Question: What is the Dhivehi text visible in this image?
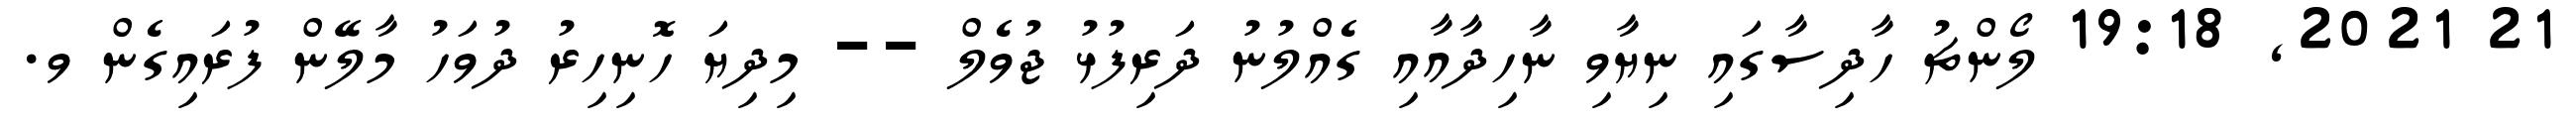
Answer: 21 2021, 19:18 ލޯންޗު ހާދިސާގައި ނިޔާވި ނާހިދާއާއި ގެއްލުނު ދަރިފުޅު ޖުވެލް -- މިދިޔަ ހޮނިހިރު ދުވަހު މާލޭން ފުރައިގެން ވ.